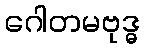
ဂေါတမဗုဒ္ဓ